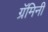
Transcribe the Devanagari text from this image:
ग्रॅमिनी